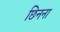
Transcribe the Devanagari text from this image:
छिनना